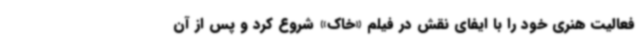
فعالیت هنری خود را با ایفای نقش در فیلم «خاک» شروع کرد و پس از آن